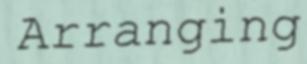
Arranging